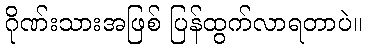
ဂိုဏ်းသားအဖြစ် ပြန်ထွက်လာရတာပဲ။